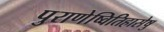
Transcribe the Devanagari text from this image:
पुराणेष्वितिहासेषु